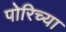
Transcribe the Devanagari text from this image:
पोरिच्या